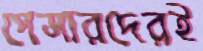
পেসারদেরই